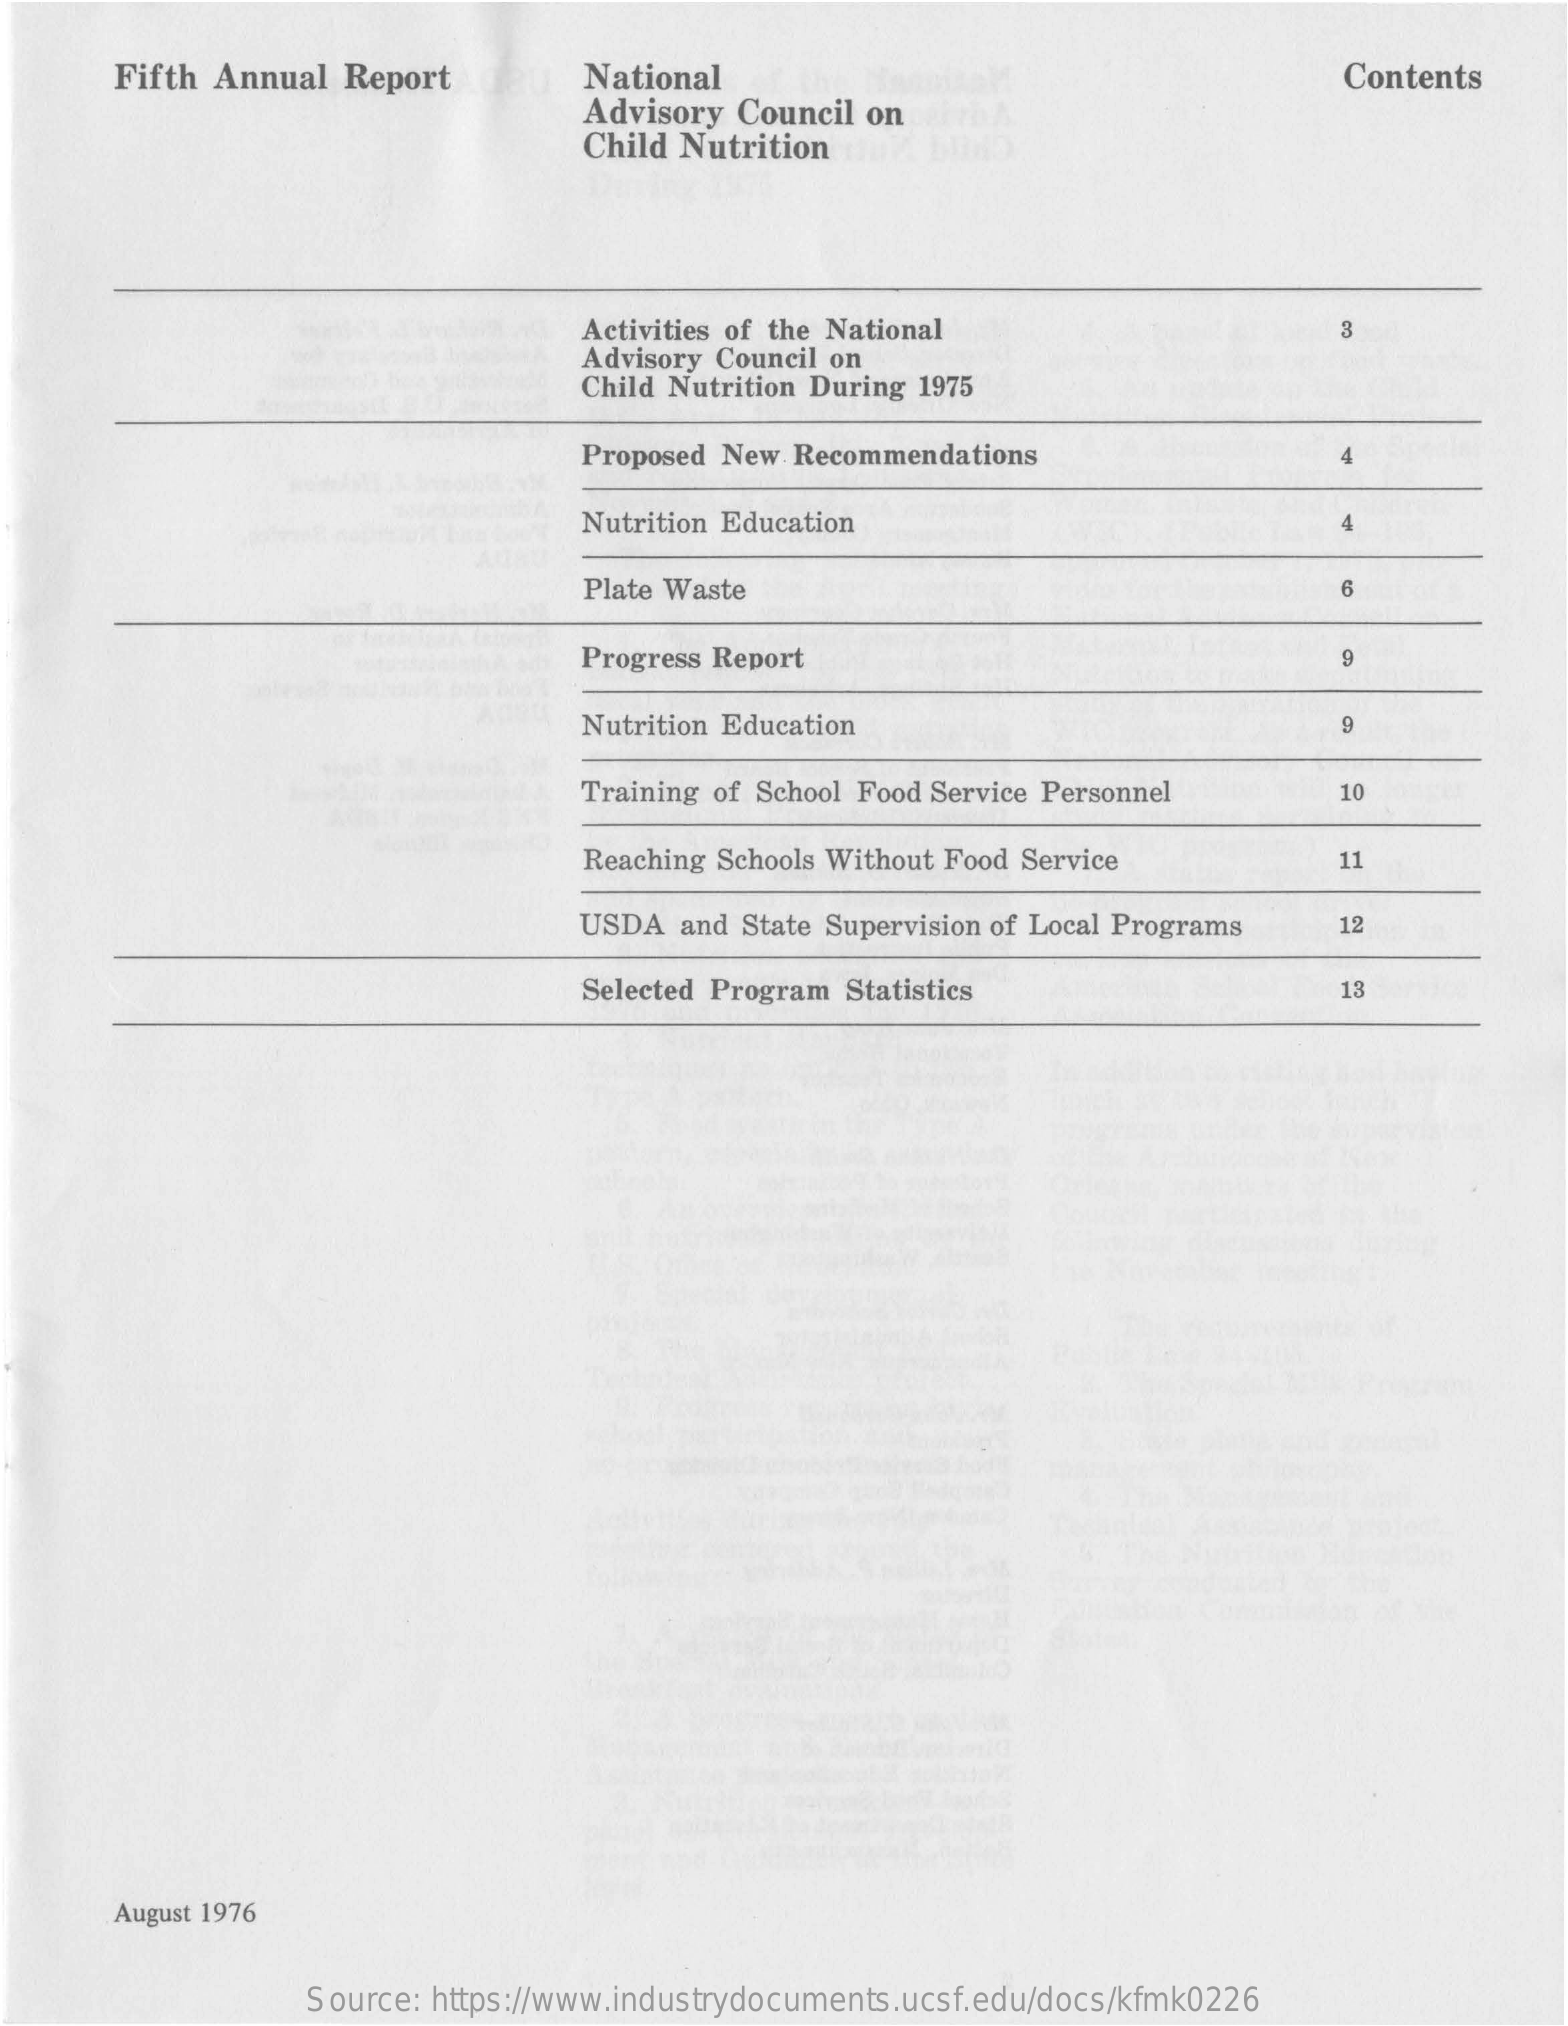
Fifth Annual  Report    National    Contents
     Advisory Council on
     Child Nutrition
     Activities of the National
     Advisory Council on
     Child Nutrition During 1975
     Proposed New Recommendations    4
     Nutrition Education    4
     Plate Waste    6
     Progress Report    9
     Nutrition Education    9
     Training of School Food Service Personnel    10
     Reaching Schools Without Food Service    11
     USDA  and State Supervision of Local Programs  12
     Selected Program Statistics    13
     August 1976
     Source: https://www.industrydocuments.ucsf.edu/docs/kfmk0226